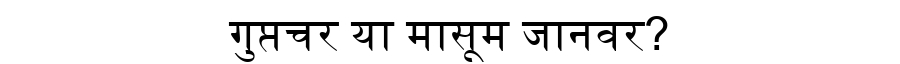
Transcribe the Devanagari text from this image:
गुप्तचर या मासूम जानवर?